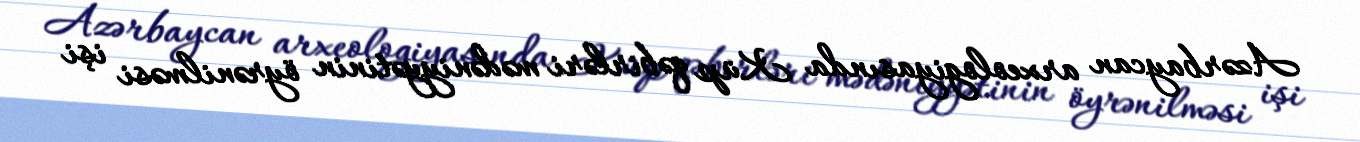
Azərbaycan arxeologiyasında Küp qəbirləri mədəniyyətinin öyrənilməsi işi